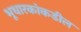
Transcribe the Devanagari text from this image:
भूधारकांकडील